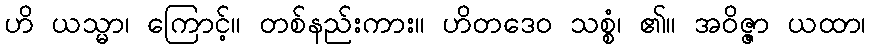
ဟိ ယသ္မာ၊ ကြောင့်။ တစ်နည်းကား။ ဟိတဒေဝ သစ္စံ၊ ၏။ အဝိဇ္ဇာ ယထာ၊